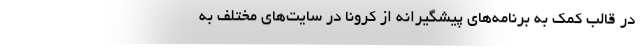
در قالب کمک به برنامه‌های پیشگیرانه از کرونا در سایت‌های مختلف به